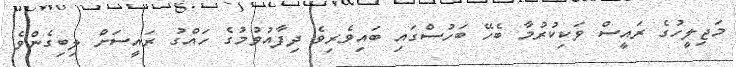
މަޖިލީހުގެ ރައީސް ވަކިކުރުމާ ބެހޭ ބަހުސްގައި ބައިވެރިވެ ދިފާއުވުމުގެ ހައްގު ރައީސަށް ލިބިގެންވެ